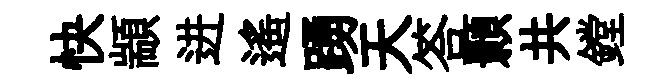
快顓进遥踴天答顥共鏜